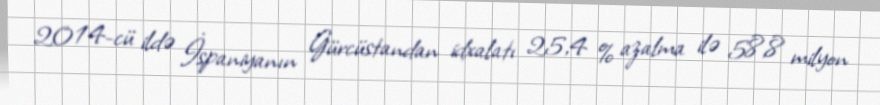
2014-cü ildə İspaniyanın Gürcüstandan idxalatı 25,4 % azalma ilə 58,8 milyon